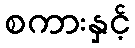
စကားနှင့်